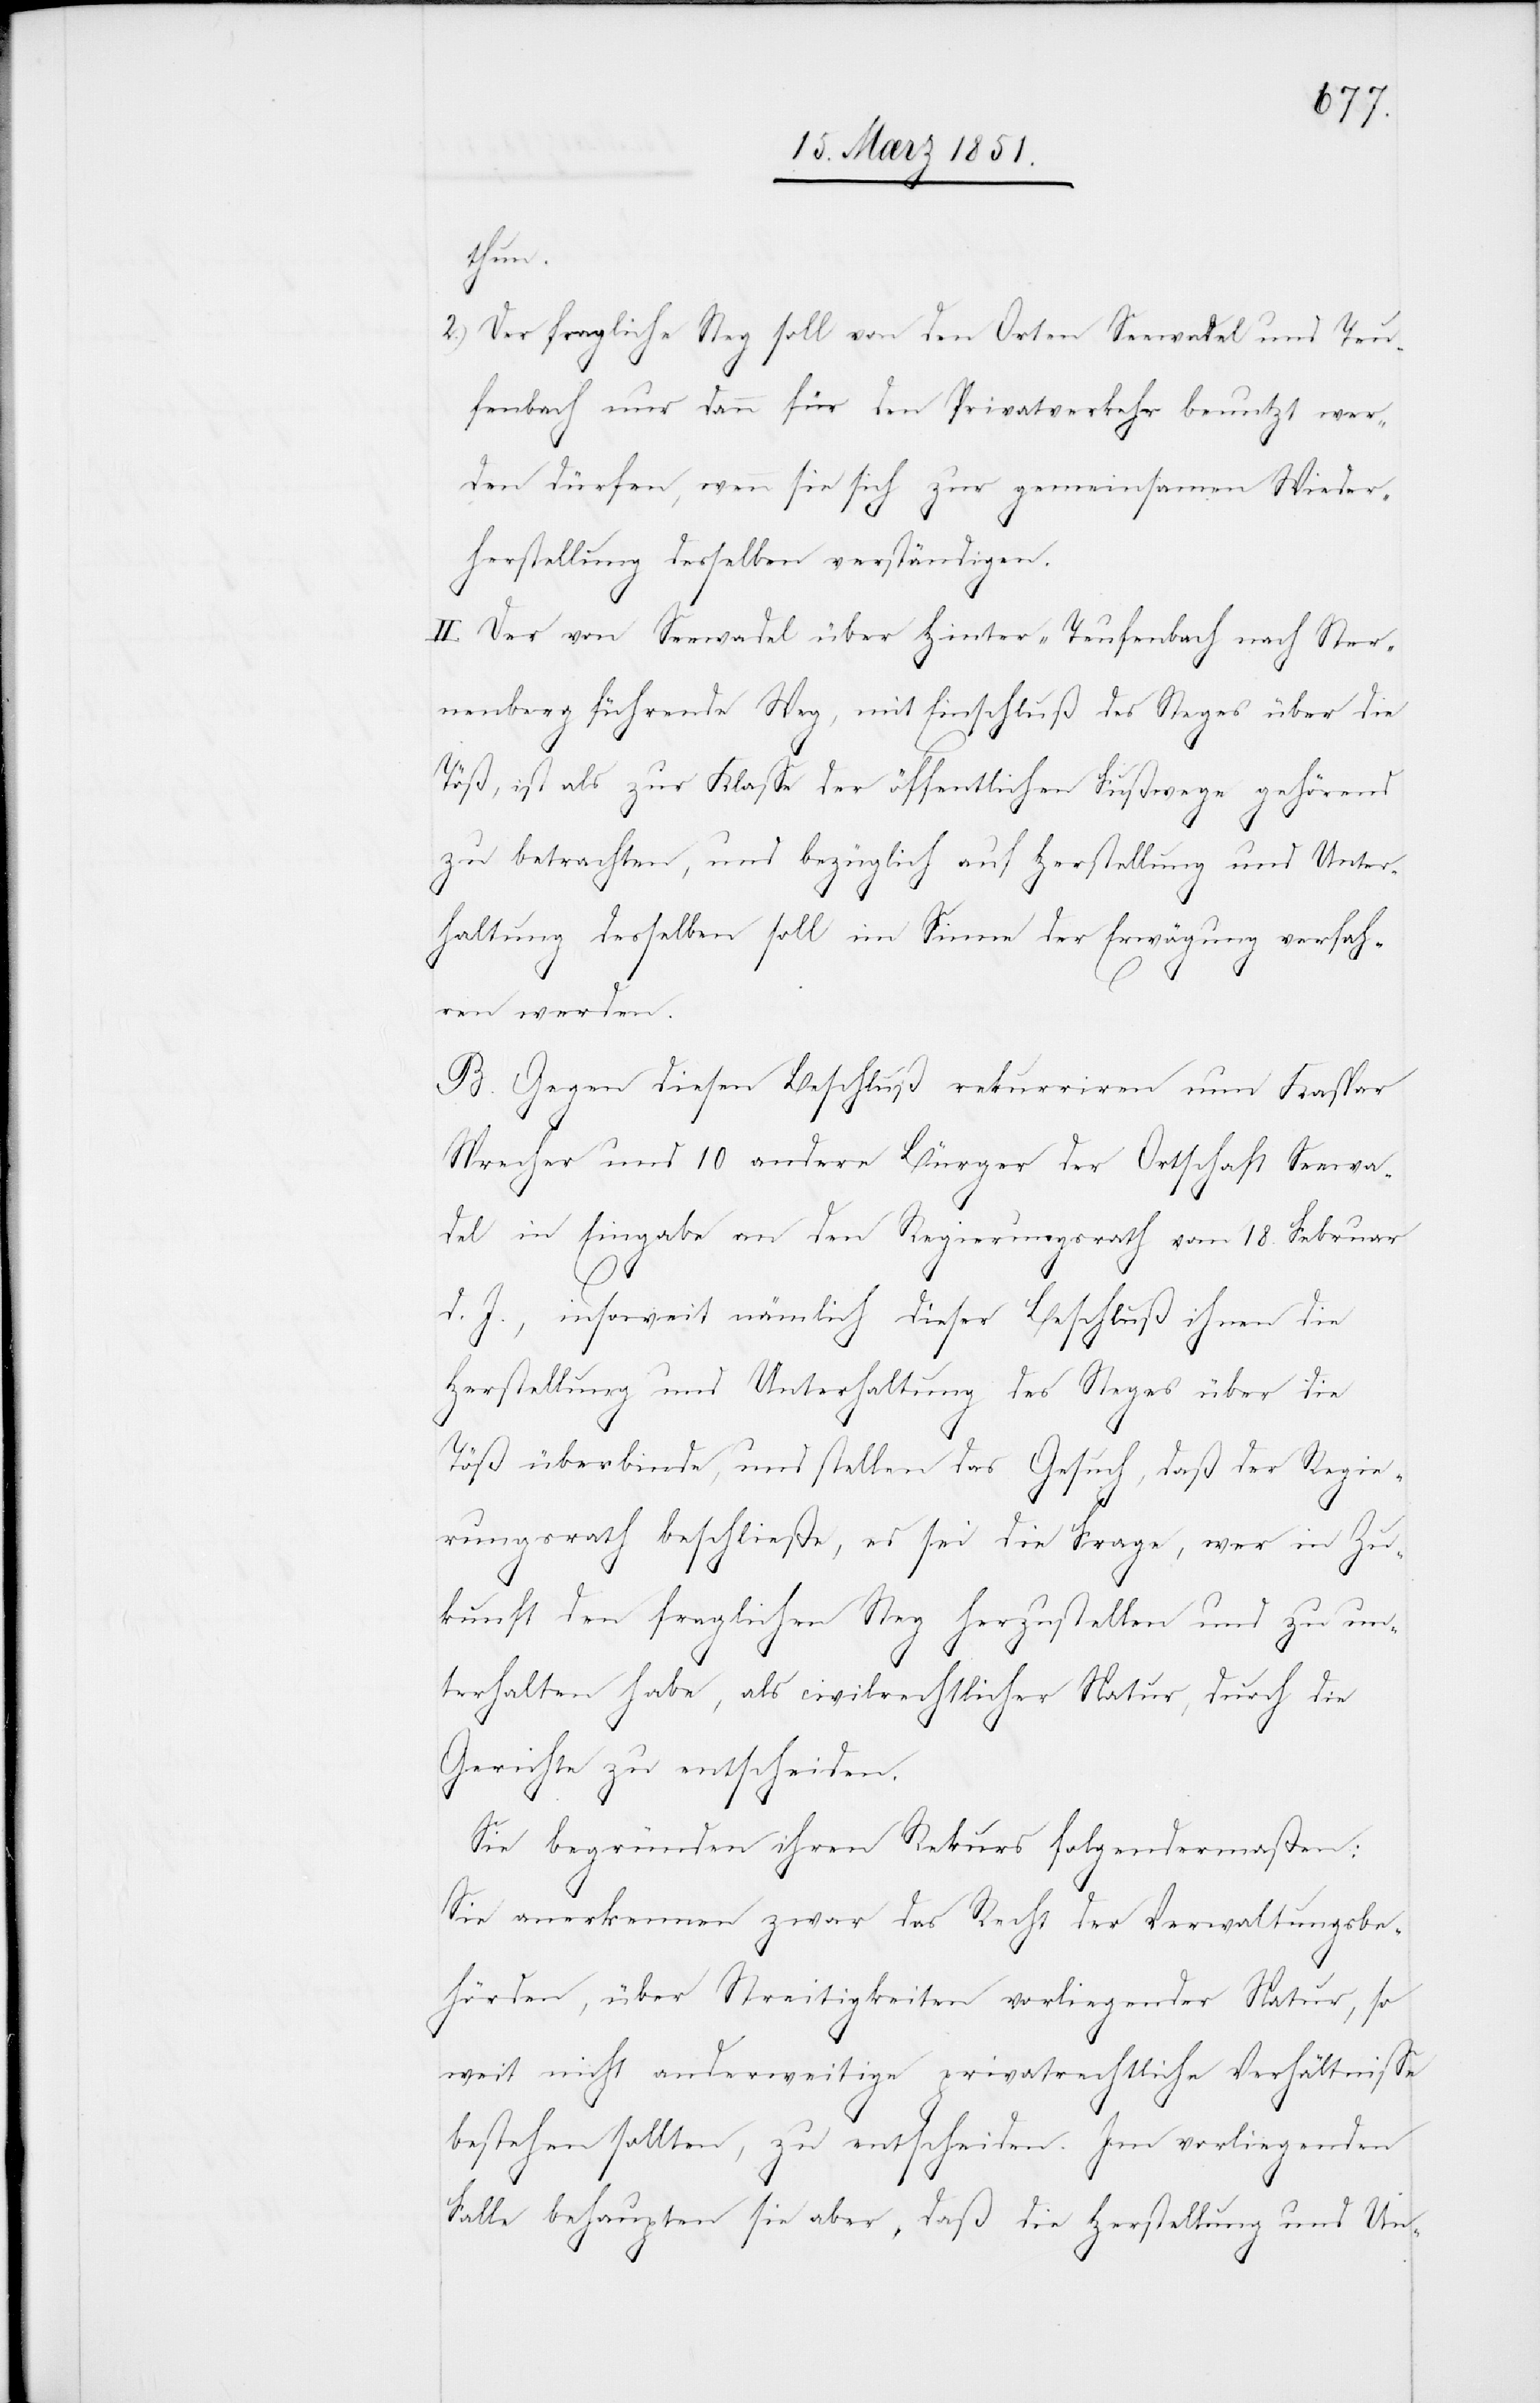
thun.
Der fragliche Steg soll von den Orten Seewadel und Teu¬
fenbach nur dann für den Privatverkehr benutzt wer¬
den dürfen, wenn sie sich zur gemeinsamen Wieder¬
herstellung desselben verständigen.
II. Der von Seewadel über Hinter-Teufenbach nach Ster¬
nenberg führende Weg, mit Einschluß des Steges über die
Töß, ist als zur Klasse der öffentlichen Fußwege gehörend
zu betrachten, und bezüglich auf Herstellung und Unter¬
haltung desselben soll im Sinne der Erwägung verfah¬
ren werden.
B. Gegen diesen Beschluß rekurriren nun Kaspar
Sprecher und 10 andere Bürger der Ortschaft Seewa¬
del in Eingabe an den Regierungsrath vom 18. Februar
d. J., insoweit nämlich dieser Beschluß ihnen die
Herstellung und Unterhaltung des Steges über die
Töß überbinde, und stellen das Gesuch, daß der Regie¬
rungsrath beschließe, es sei die Frage, wer in Zu¬
kunft den fraglichen Steg herzustellen und zu un¬
terhalten habe, als civilrechtlicher Natur, durch die
Gerichte zu entscheiden.
Sie begründen ihren Rekurs folgendermaßen:
Sie anerkennen zwar das Recht der Verwaltungsbe¬
hörden, über Streitigkeiten vorliegender Natur, so
weit nicht anderweitige privatrechtliche Verhältnisse
bestehen sollten, zu entscheiden. Im vorliegenden
Falle behaupten sie aber, daß die Herstellung und Un-